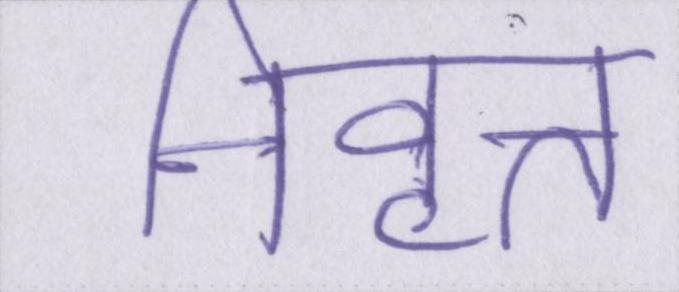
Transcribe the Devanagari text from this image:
निवृत्त